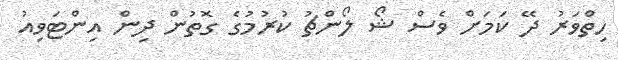
ހިތްވަރު ދޭ ކަމަށް ވެސް ޝޯ ލޯންޗު ކުރުމުގެ ގޮތުން ދިން އިންޓަވިއު